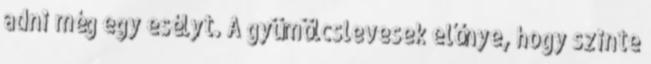
adni még egy esélyt. A gyümölcslevesek előnye, hogy szinte